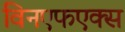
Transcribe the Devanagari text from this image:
विनएफएक्स